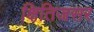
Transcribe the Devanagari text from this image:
क्षितिजसर